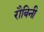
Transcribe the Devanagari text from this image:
रौबिनी